Report on vaccination in Madras 1877-1894 - 1877-1894
Year: 1877
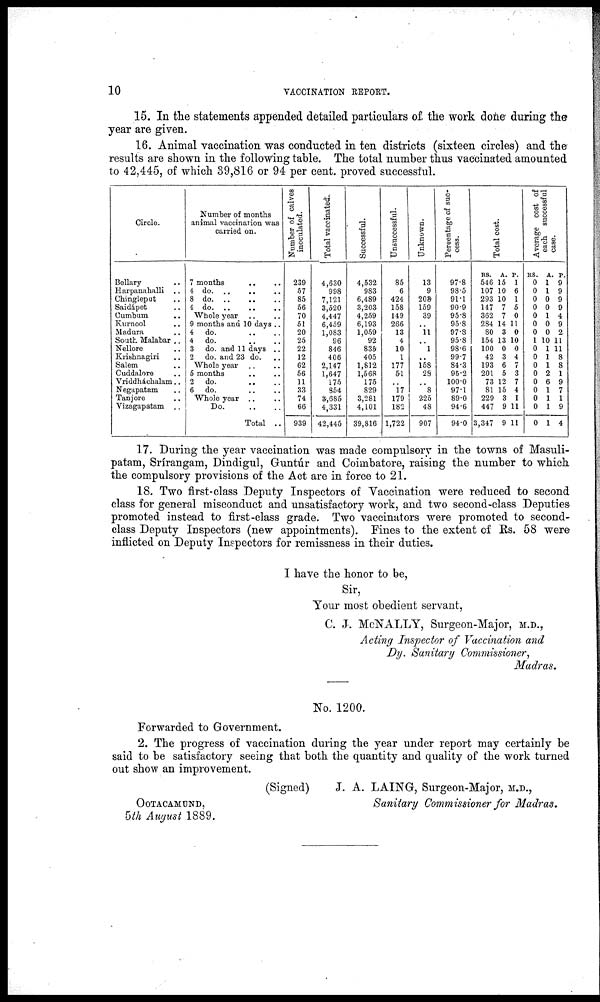
10
VACCINATION REPORT.
15. In the statements appended detailed particulars of the work done during the
year are given.
16. Animal vaccination was conducted in ten districts (sixteen circles) and the
results are shown in the following table. The total number thus vaccinated amounted
to 42,445, of which 39,816 or 94 per cent. proved successful.
Circle.
Bellary ..
Harpanahalli ..
Chingleput ..
Saidápet ..
Cumbum ..
Kurnool ..
Madura ..
South Malabar ..
Nellore ..
Krishnagiri ..
Salem ..
Cuddalore ..
Vriddháchalam..
Negapatam ..
Tanjore ..
Vizagapatam ..
Number of months
animal vaccination was
carried on.
7 months .. ..
4 do. .. .. ..
8 d
o
. .. .. ..
4 d
o
. .. .. ..
Whole year .. ..
9 months and 10 days ..
4 do. .. ..
4 do. .. ..
3 do. and 11 days ..
2 do. and 23 do. ..
Whole year .. ..
5 months .. ..
2 do. .. ..
6 do. .. ..
Whole year .. ..
Do. .. ..
Total ..
Number of calves
inoculated.
239
57
85
56
70
51
20
25
22
12
62
56
11
33
74
66
939
Total vaccinated.
4,630
998
7,121
3,520
4,447
6,459
1,083
96
846
406
2,147
1,647
175
854
3,685
4,331
42,445
Successful.
4,532
983
6,489
3,203
4,259
6,193
1,059
92
835
405
1,812
1,568
175
829
3,281
4,101
39,816
Unsuccessful.
85
6
424
158
149
266
13
4
10
1
177
51
..
17
179
182
1,722
Unknown.
13
9
203
159
39
..
11
..
1
..
158
28
..
8
225
48
907
Percentage of suc-
cess.
97.8
98.5
91.1
90.9
95.8
95.8
97.8
95.8
98.6
99.7
84.3
95.2
100.0
97.1
89.0
94.6
94.0
Total cost.
RS.
546
107
293
147
362
284
80
154
100
42
193
201
73
81
229
447
3,347
A.
15
10
10
7
7
14
3
13
0
3
6
5
12
15
3
9
9
P.
1
6
1
5
0
11
0
10
0
4
7
3
7
4
1
11
11
Average cost of
each successful
case.
RS.
0
0
0
0
0
0
0
1
0
0
0
0
0
0
0
0
0
A
1
1
0
0
1
0
0
10
1
1
1
2
6
1
1
1
1
P.
9
9
9
9
4
9
2
11
11
8
8
1
9
7
1
9
4
17. During the year vaccination was made compulsory in the towns of Masuli¬
patam, Srírangam, Dindigul, Guntúr and Coimbatore, raising the number to which
the compulsory provisions of the Act are in force to 21.
18. Two first-class Deputy Inspectors of Vaccination were reduced to second
class for general misconduct and unsatisfactory work, and two second-class Deputies
promoted instead to first-class grade. Two vaccinators were promoted to second-
class Deputy Inspectors (new appointments). Fines to the extent of Rs. 58 were
inflicted on Deputy Inspectors for remissness in their duties.
I have the honor to be,
Sir,
Your most obedient servant,
C. J. McNALLY, Surgeon-Major, M.D.,
Acting Inspector of Vaccination and
Dy. Sanitary Commissioner,
Madras.
No. 1200.
Forwarded to Government.
2. The progress of vaccination during the year under report may certainly be
said to be satisfactory seeing that both the quantity and quality of the work turned
out show an improvement.
(Signed)
J. A. LAING, Surgeon-Major, M.D.,
Sanitary Commissioner for Madras.
OOTACAMUND,
5th August 1889.